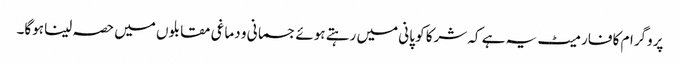
پروگرام کا فارمیٹ یہ ہے کہ شرکا کو پانی میں رہتے ہوئے جسمانی و دماغی مقابلوں میں حصہ لینا ہوگا۔